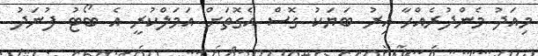
މިއަދު މެންދުރެއްހާ އިރު ބަޔަކު ގޮސް އެގޮތަށް އަމަލްކުރީ އެ ބޯޓު ފުނަދު